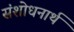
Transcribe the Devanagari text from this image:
संशोधनार्थ